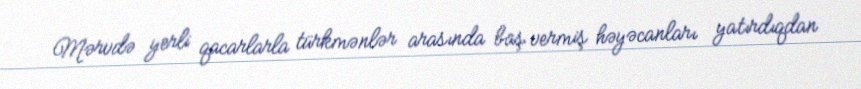
Mərvdə yerli qacarlarla türkmənlər arasında baş vermiş həyəcanları yatırdıqdan